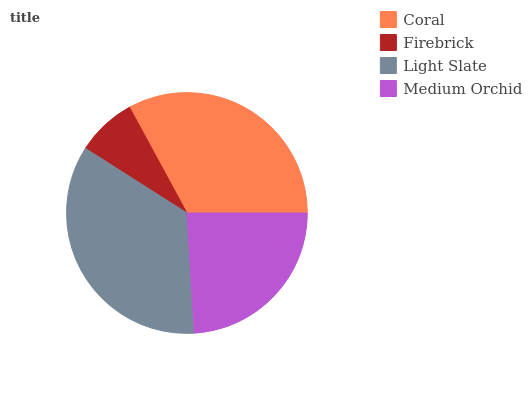
| Coral | Firebrick | Light Slate | Medium Orchid |
 | --- | --- | --- | --- |
 | 32.9% | 8.06% | 35% | 24% |